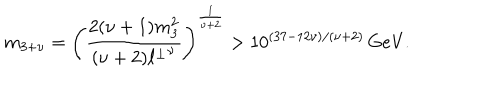
LaTeX: m _ { 3 + \nu } = \left( \frac { 2 ( \nu + 1 ) m _ { 3 } ^ { 2 } } { ( \nu + 2 ) { \ell ^ { \perp } } ^ { \nu } } \right) ^ { \frac { 1 } { \nu + 2 } } > 1 0 ^ { ( 3 7 - 1 2 \nu ) / ( \nu + 2 ) } \, \mathrm { G e V } .